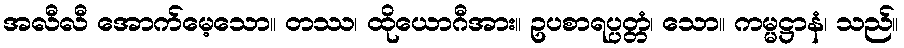
အလီလီ အောက်မေ့သော။ တဿ၊ ထိုယောဂီအား။ ဥပစာရပ္ပတ္တံ၊ သော။ ကမ္မဋ္ဌာနံ၊ သည်။